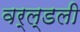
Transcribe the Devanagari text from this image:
वर्ल्डली